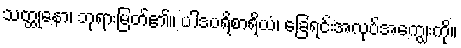
သတ္ထုနော၊ ဘုရားမြတ်၏။ ပါဒပရိစာရိယံ၊ ခြေရင်းအလုပ်အကျွေးကို။